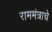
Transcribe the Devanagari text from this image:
राममंत्राचे